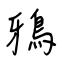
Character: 鴉